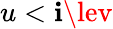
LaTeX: u<\mathbf{i}\lev